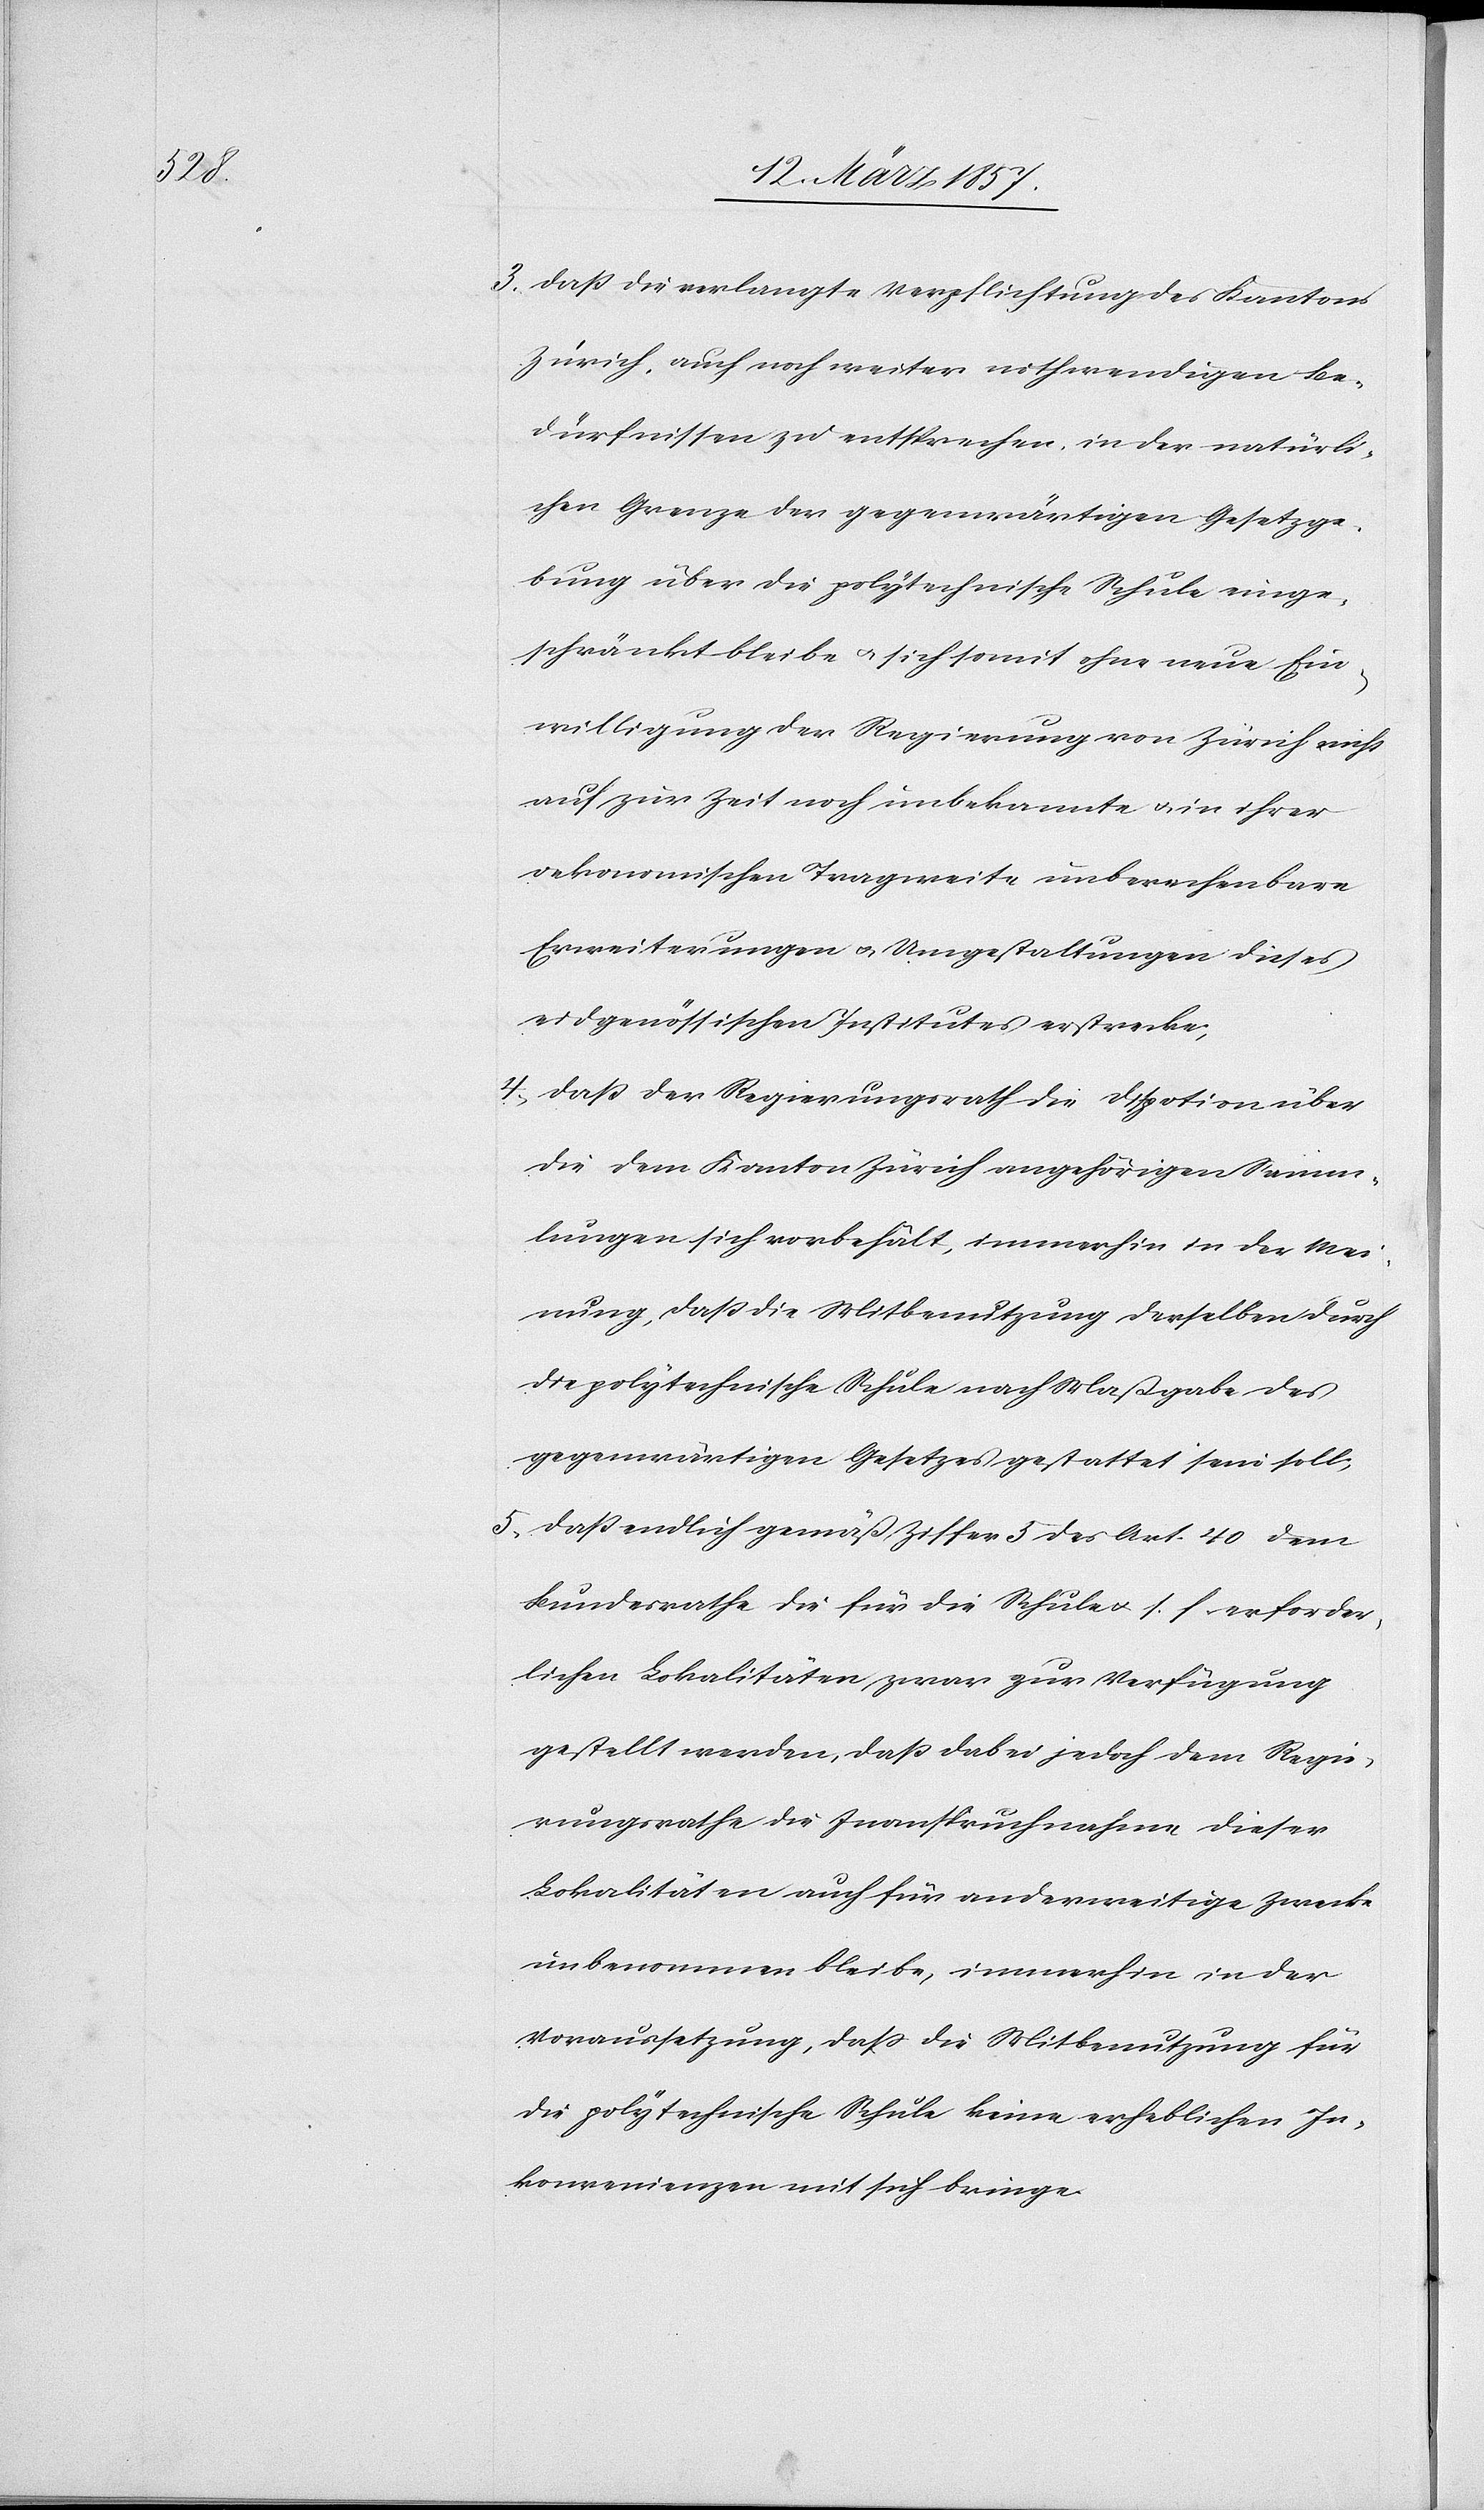
über

3. daß die verlangte Verpflichtung des Kantons
Zürich, auch noch weiter nothwendigen Be¬
dürfnissen zu entsprechen, in der natürli¬
chen Grenze der gegenwärtigen Gesetzge¬
bung über die polytechnische Schule einge¬
schränkt bleibe u. sich somit ohne neue Ein¬
willigung der Regierung von Zürich nicht
auf zur Zeit noch unbekannte u. in ihrer
oekonomischen Tragweite unberechenbare
Erweiterungen u. Umgestaltungen dieses
eidgenössischen Institutes erstrecke;
4. daß der Regierungsrath die Dispotion [re¬
die dem Kanton Zürich angehörigen Samm¬
lungen sich vorbehält, immerhin in der Mei¬
nung, daß die Mitbenutzung derselben durch
die polytechnische Schule nach Maßgabe des
gegenwärtigen Gesetzes gestattet sein soll;
5. daß endlich gemäß Ziffer 5 des Art. 40 dem
Bundesrathe die für die Schule u. s. f. erforder¬
lichen Lokalitäten zwar zur Verfügung
gestellt werden, daß dabei jedoch dem Regie¬
rungsrathe die Inanspruchnahme dieser
Lokalitäten auch für anderweitige Zwecke
unbenommen bleibe, immerhin in der
Voraussetzung, daß die Mitbenutzung für
die polytechnische Schule keine erheblichen In¬
konvenienzen mit sich bringe.